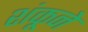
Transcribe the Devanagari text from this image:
शंकूने